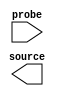

module issp_test (
	source,
	probe);	

	output	[1:0]	source;
	input	[1:0]	probe;
endmodule